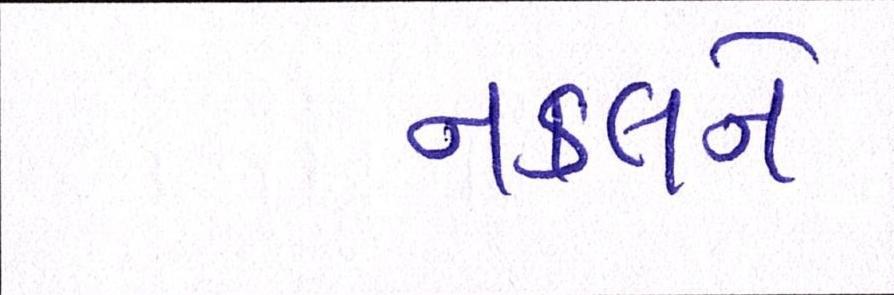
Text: નકલને